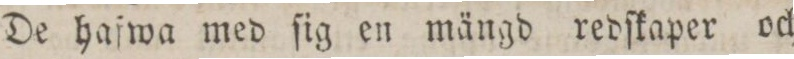
De haſwa med ſig en mängd redſkaper och